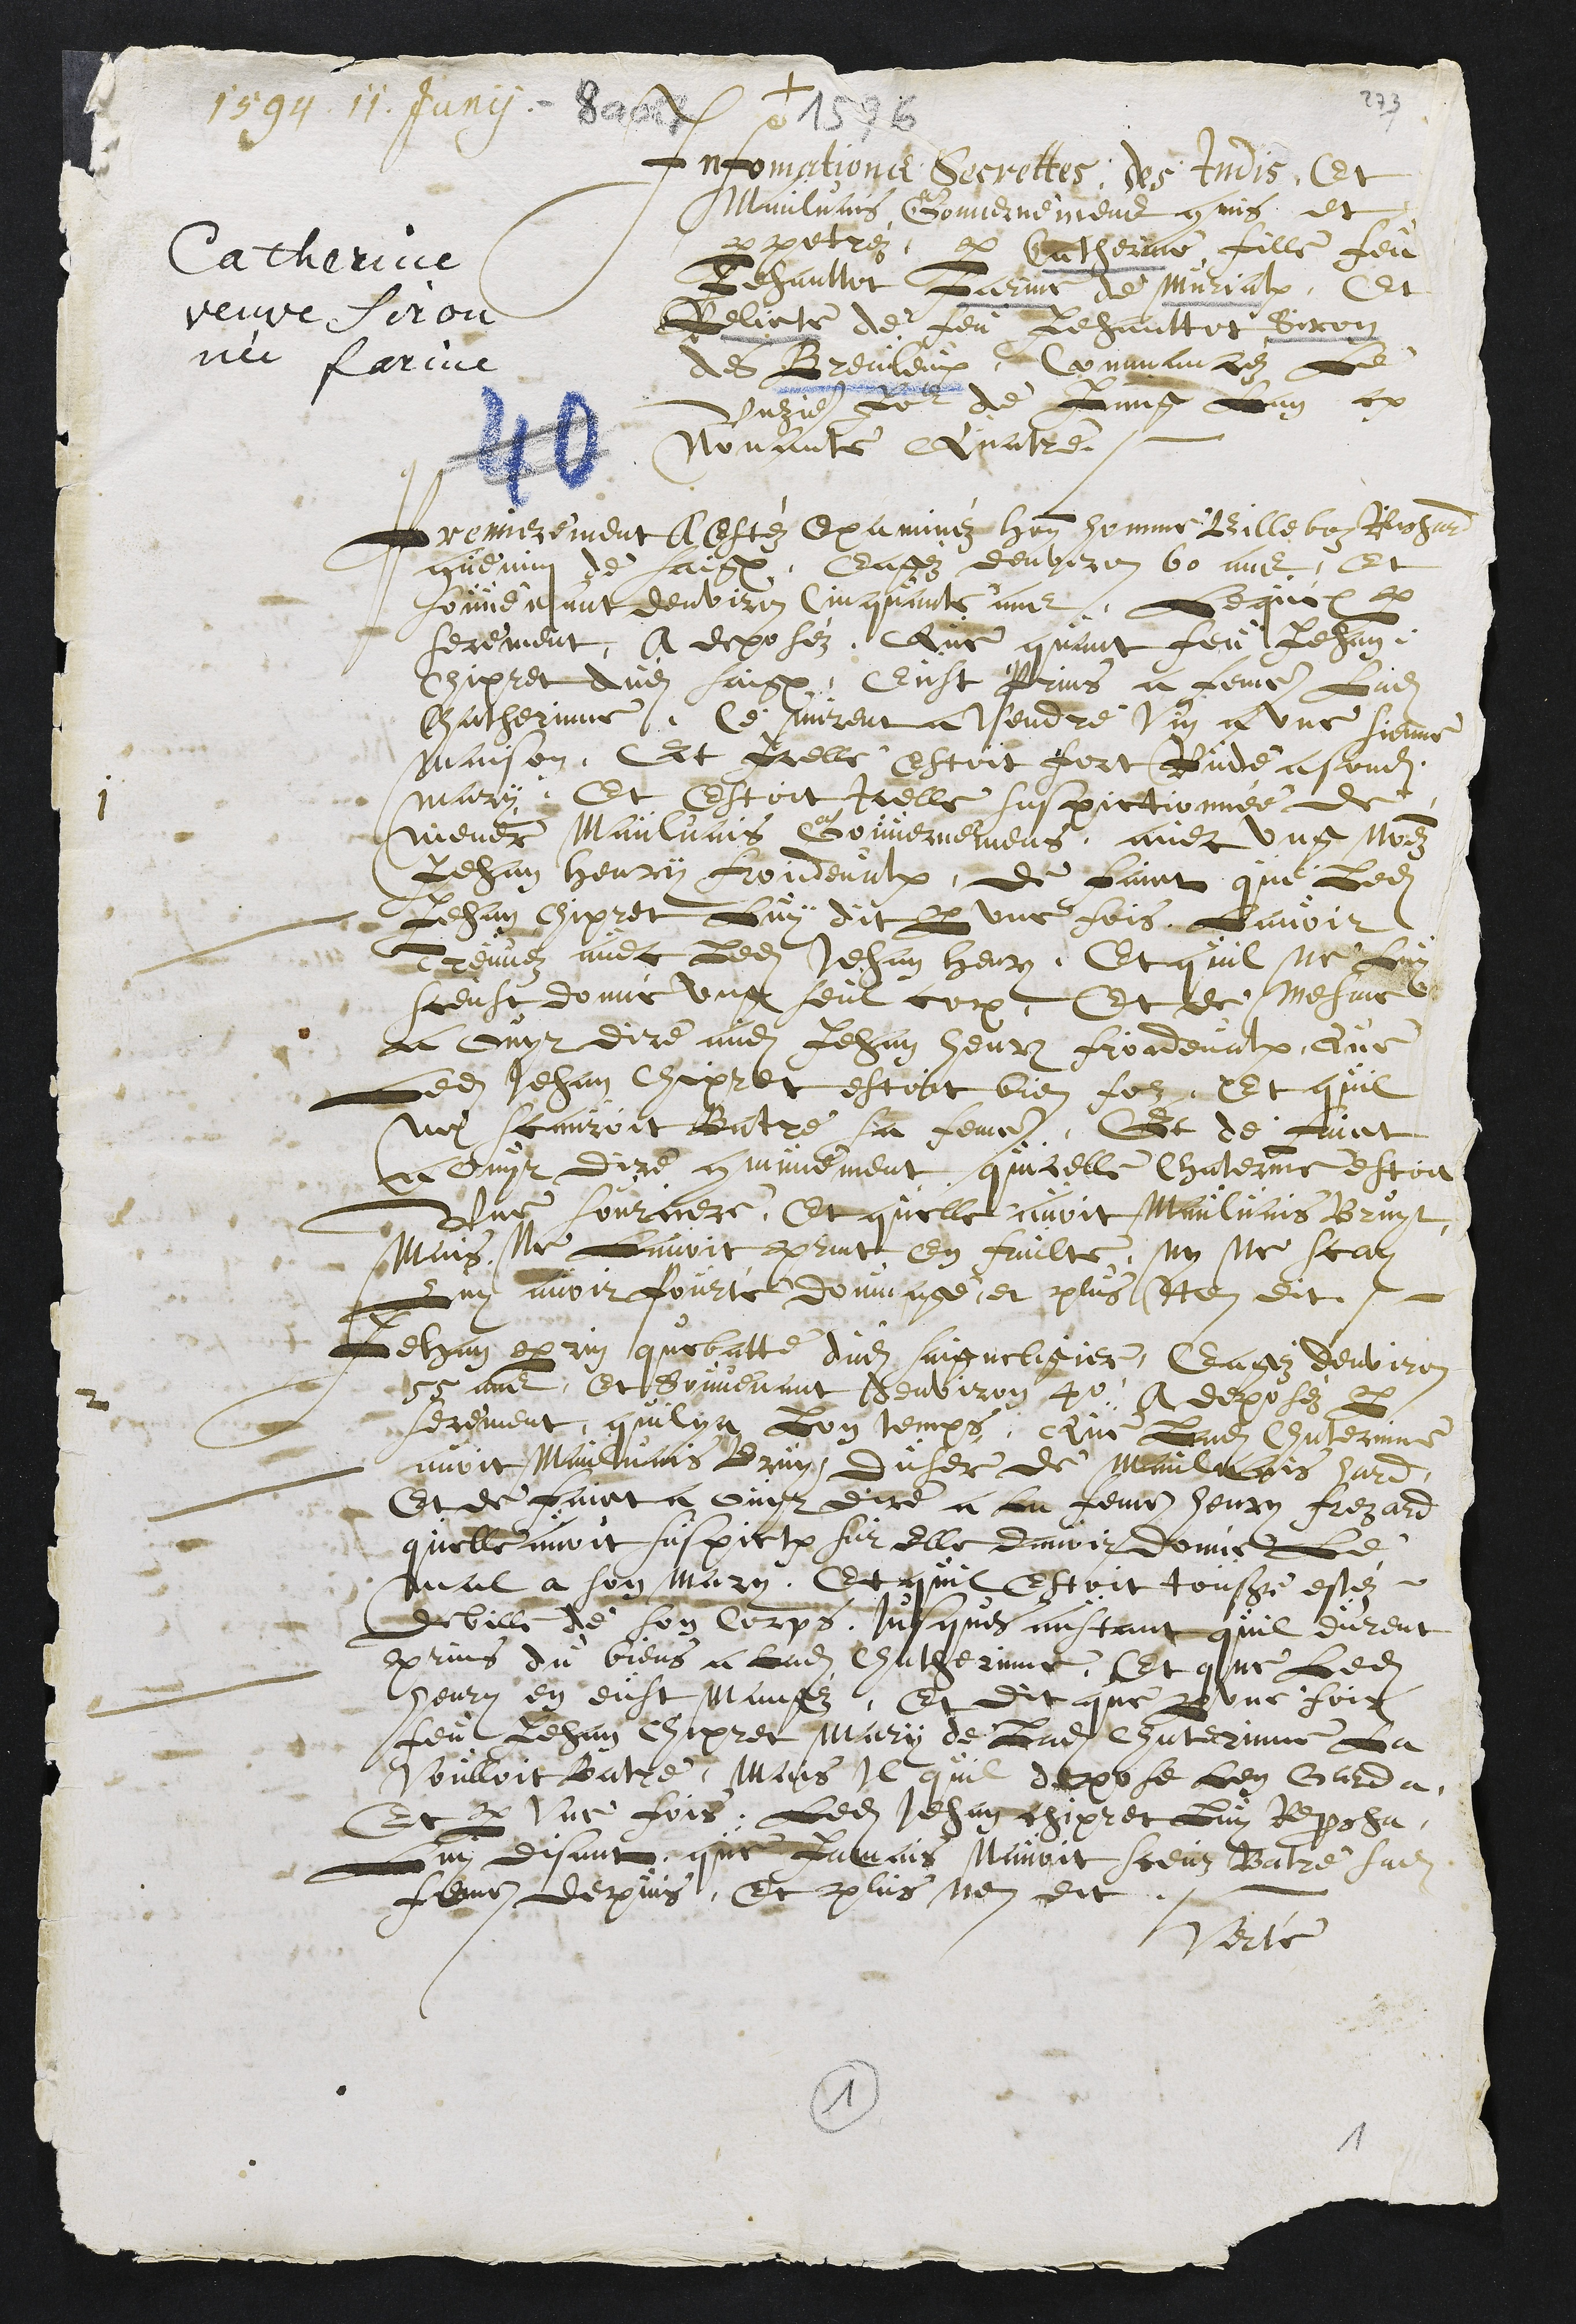
1594 . 11. Juny
+
Catherine
veuve Siron
née farine
Infomations Secrettes des Indis Et
Maulvais Gouvernement commis et
perpetréz par Catherine, fille feu
Jehanttot Farine de Murialx, Et
Relicte de feu Jehanttot Siron
des Breuleux, commancez le
unzieme Jour de Juing lan 15
Nonante quatre.
Premierement a Estéz Examinéz honorable homme Billeboz Richard
Guenin de saignelégier, Eagéz denviron 60 ans, Et
souvenant denviron cinquante ans, Lequel par
serement A deposéz, Que quant feu Jehan
Chipret dudit Saignelégier, eust Prins a femme Ladite
Chatherinne, Ce mirent a vendre vin a une sienne
maison, Et Icelle Estoit fort Rude a sondit
mary. Et Estoit Icelle suspictionnée de
mener Maulvais Gouvernemens, avec ung nomméz
Jehan henry froidevaulx, de faict que ledit
Jehan Chipret Luy dit par une fois Lavoir
treuvez avec ledit Jehan henri, Et quil ne Luy
sceust donné ung seul cop. Et de mesme
a ouyt dire audit Jehan henri froidevalx, Que
Ledit Jehan Chipret estoit bien folz, Et quil
ne scauroit Batre sa femme, Et de faict
a ouyt dire communement quicelle Chaterine estoit
Une sourciere. Et quelle avoit Maulvais Bruyt,
Mais Ne l'avoit print en faulte, Ny Ne scay
Luy avoir Pourté dommage, et plus Nen dit.
Jehan perrin quebatte dudit Saigneligier, Eagéz denviron
55 ans, Et souvenant denviron 40, a deposéz par
serement, quil y a Lon temps Que Ladite Chaterinne
avoit Maulvais Bruy duser de Maulvais hard,
Et de faict a ouyt dire a la femme henry frezard
quelle avoit suspiction sur elle davoir donné Le
mal a son mary. Et quil Estoit tousjours estéz
debille de son corps, jusques aultant quil eurent
prins du biens a ladite Chatherinne. Et que Ledit
henry en eust Mangéz, Et dit que par une fois
feu Jehan Chipret Mairy de Ladite Chaterinne la
voulloit Batre, Mais Il quil depose Len Garda,
Et par une fois, Ledit Jehan chipret Luy Reprocha,
Luy disant que Jamais Navoit sceuz Batre sadite
femme depuis, Et plus nen dit.
Verté